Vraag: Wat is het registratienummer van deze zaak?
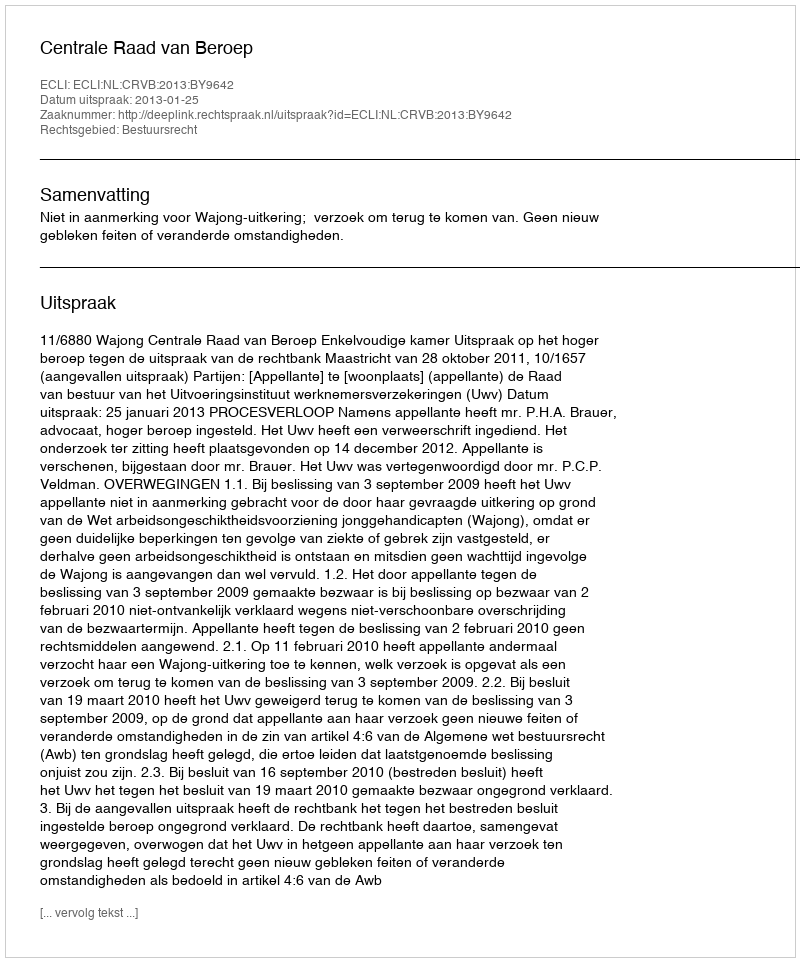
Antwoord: http://deeplink.rechtspraak.nl/uitspraak?id=ECLI:NL:CRVB:2013:BY9642